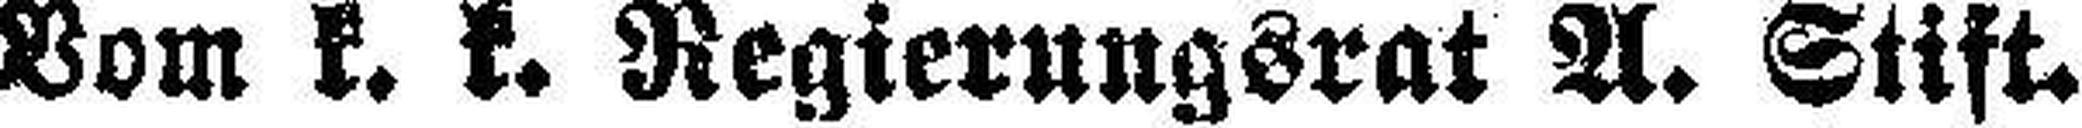
Vom k. k. Regierungsrat A. Stift.